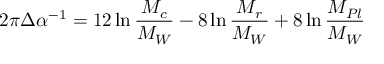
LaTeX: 2 \pi \Delta \alpha ^ { - 1 } = 1 2 \ln \frac { M _ { c } } { M _ { W } } - 8 \ln \frac { M _ { r } } { M _ { W } } + 8 \ln \frac { M _ { P l } } { M _ { W } }